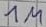
Text: 1M